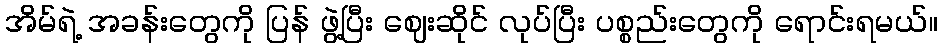
အိမ်ရဲ့ အခန်းတွေကို ပြန် ဖွဲ့ပြီး ဈေးဆိုင် လုပ်ပြီး ပစ္စည်းတွေကို ရောင်းရမယ်။